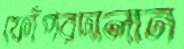
ফোঁপরদালান